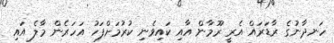
ހަނދާނުގެ ރާޑަރައް އެރީ ރޫމާން އާއި ކައިވެނި ކުރުމަށްފަހު އަހަރެން މާލެ އައި